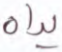
يداه